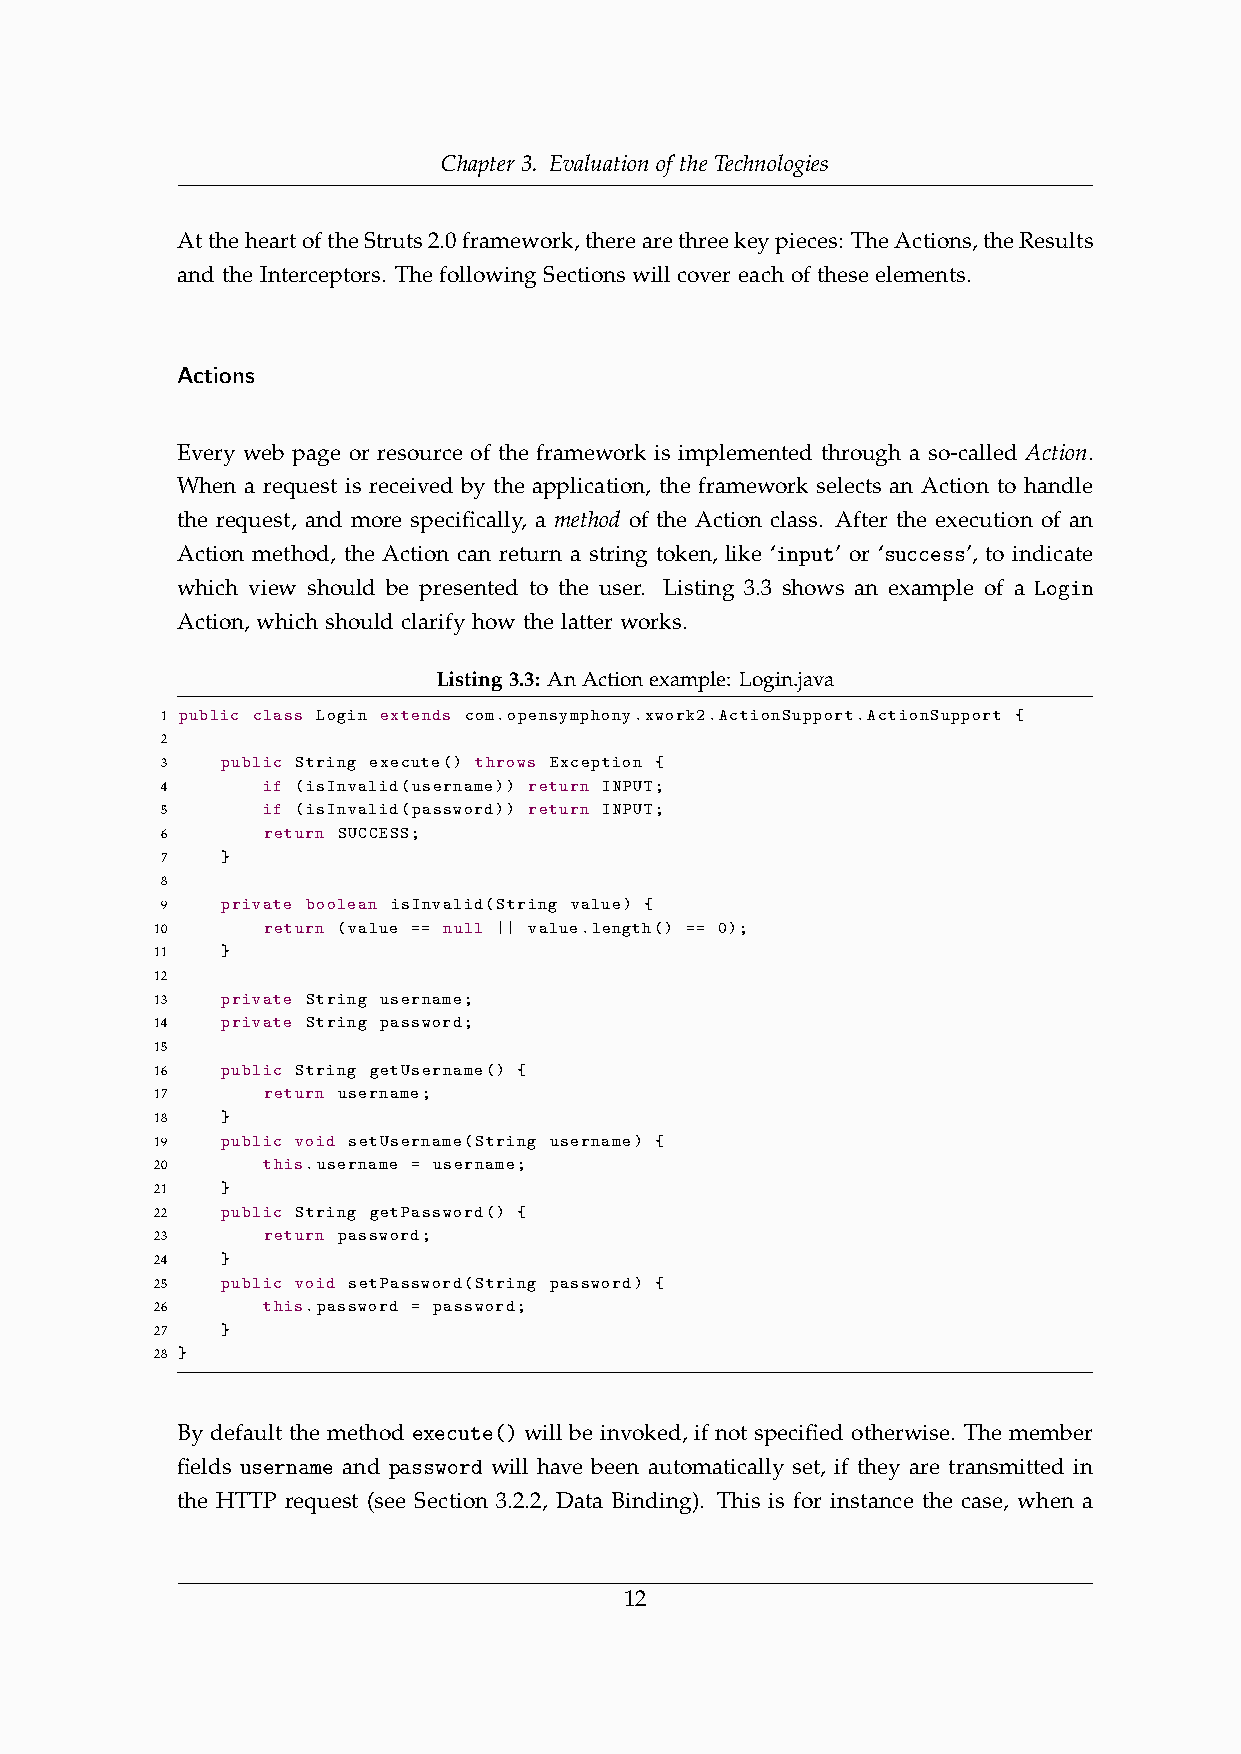
Chapter 3. Evaluation of the Technologies
 AttheheartoftheStruts2.0framework,therearethreekeypieces: TheActions,theResults
 and the Interceptors. The following Sections will cover each of these elements.
 Actions
 Every web page or resource of the framework is implemented through a so-called Action.
 When a request is received by the application, the framework selects an Action to handle
 the request, and more specifically, a method of the Action class. After the execution of an
 Action method, the Action can return a string token, like ‘input’ or ‘success’, to indicate
 which view should be presented to the user. Listing 3.3 shows an example of a Login
 Action, which should clarify how the latter works.
 Listing3.3: AnActionexample: Login.java
 1 public class Login extends com.opensymphony.xwork2.ActionSupport.ActionSupport {
 2
 3   public String execute() throws Exception {
 4     if (isInvalid(username)) return INPUT;
 5     if (isInvalid(password)) return INPUT;
 6     return SUCCESS;
 7   }
 8
 9   private boolean isInvalid(String value) {
 10     return (value == null || value.length() == 0);
 11   }
 12
 13   private String username;
 14   private String password;
 15
 16   public String getUsername() {
 17     return username;
 18   }
 19   public void setUsername(String username) {
 20     this.username = username;
 21   }
 22   public String getPassword() {
 23     return password;
 24   }
 25   public void setPassword(String password) {
 26     this.password = password;
 27   }
 28 }
 By default the method execute() will be invoked, if not specified otherwise. The member
 fields username and password will have been automatically set, if they are transmitted in
 the HTTP request (see Section 3.2.2, Data Binding). This is for instance the case, when a
 12